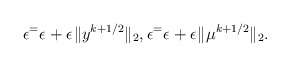
\begin{align*}\epsilon^ = \epsilon^{} + \epsilon^{} \|y^{k+1/2}\|_2, \epsilon^ = \epsilon^{} + \epsilon^{} \|\mu^{k+1/2}\|_2.\end{align*}